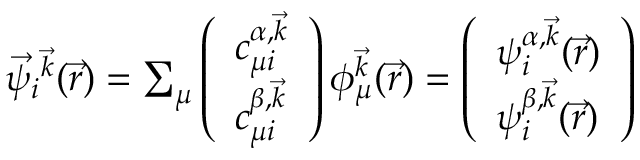
\begin{array} { r } { \vec { \psi } _ { i } { ^ { \vec { k } } } ( \vec { r } ) = \sum _ { \mu } \left( \begin{array} { l } { c _ { \mu i } ^ { \alpha , \vec { k } } } \\ { c _ { \mu i } ^ { \beta , \vec { k } } } \end{array} \right) \phi _ { \mu } ^ { \vec { k } } ( \vec { r } ) = \left( \begin{array} { l } { \psi _ { i } ^ { \alpha , \vec { k } } ( \vec { r } ) } \\ { \psi _ { i } ^ { \beta , \vec { k } } ( \vec { r } ) } \end{array} \right) } \end{array}